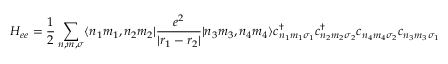
\displaystyle H _ { e e } = { \frac { 1 } { 2 } } \sum _ { n , m , \sigma } \langle n _ { 1 } m _ { 1 } , n _ { 2 } m _ { 2 } | { \frac { e ^ { 2 } } { | r _ { 1 } - r _ { 2 } | } } | n _ { 3 } m _ { 3 } , n _ { 4 } m _ { 4 } \rangle c _ { n _ { 1 } m _ { 1 } \sigma _ { 1 } } ^ { \dagger } c _ { n _ { 2 } m _ { 2 } \sigma _ { 2 } } ^ { \dagger } c _ { n _ { 4 } m _ { 4 } \sigma _ { 2 } } c _ { n _ { 3 } m _ { 3 } \sigma _ { 1 } }